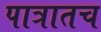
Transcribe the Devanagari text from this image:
पात्रातच